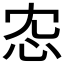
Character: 𢗐